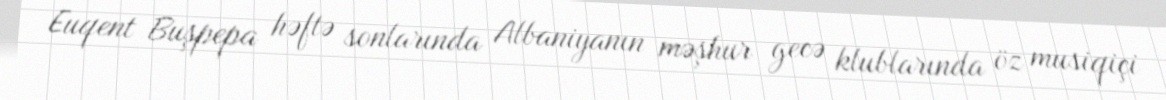
Euqent Buşpepa həftə sonlarında Albaniyanın məşhur gecə klublarında öz musiqiçi